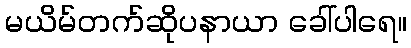
မယိမ်တက်ဆိုပနာယာ ခေါ်ပါရေ။